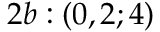
2 b : ( 0 , 2 ; 4 )